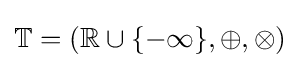
\mathbb {T} =(\mathbb {R} \cup \{-\infty \},\oplus ,\otimes )